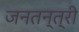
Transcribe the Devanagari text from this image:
जनतन्त्री